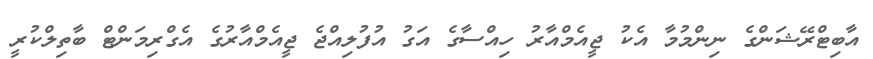
އާބިޓްރޭޝަންގެ ނިންމުމާ އެކު ޖީއެމްއާރު ހިއްސާގެ އަގު އުފުލިއްޖެ ޖީއެމްއާރުގެ އެގްރިމަންޓް ބާތިލްކުރީ